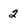
Character: 2